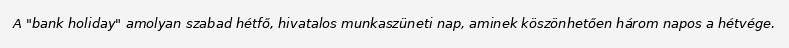
A "bank holiday" amolyan szabad hétfő, hivatalos munkaszüneti nap, aminek köszönhetően három napos a hétvége.